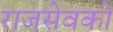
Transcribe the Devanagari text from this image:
राजसेवकों